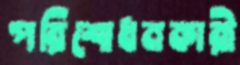
পরিশোধনকারী